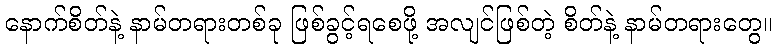
နောက်စိတ်နဲ့ နာမ်တရားတစ်ခု ဖြစ်ခွင့်ရစေဖို့ အလျင်ဖြစ်တဲ့ စိတ်နဲ့ နာမ်တရားတွေ။